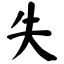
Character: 失